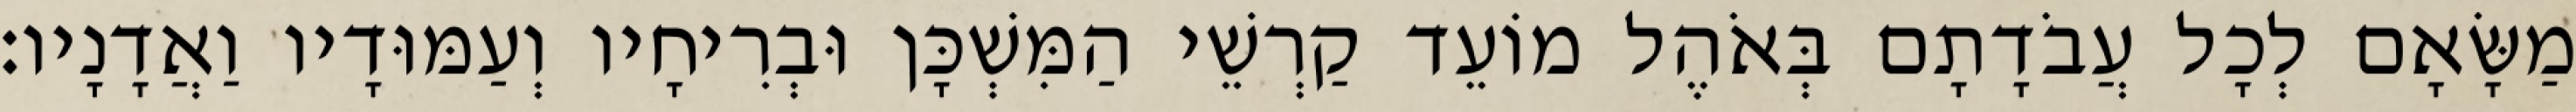
מַשָּׂאָם לְכָל עֲבֹדָתָם בְּאֹהֶל מוֹעֵד קַרְשֵׁי הַמִּשְׁכָּן וּבְרִיחָיו וְעַמּוּדָיו וַאֲדָנָיו׃